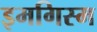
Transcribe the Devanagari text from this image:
इमगिस्म